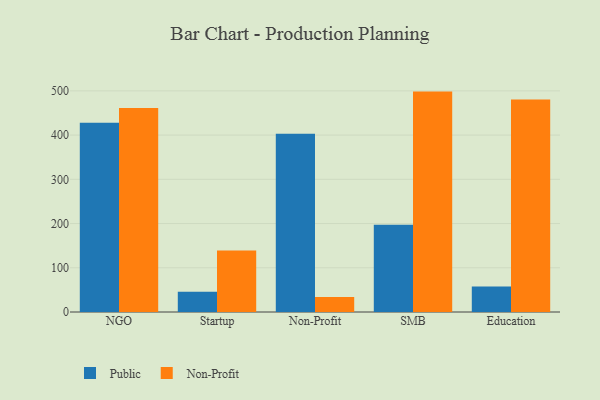
{"axis": {"x": "Segment", "y": "Backlog"}, "legend": ["Non-Profit", "Public"], "data": [{"x": "NGO", "y": 428.1, "type": "Public"}, {"x": "NGO", "y": 461.4, "type": "Non-Profit"}, {"x": "Startup", "y": 46.0, "type": "Public"}, {"x": "Startup", "y": 139.0, "type": "Non-Profit"}, {"x": "Non-Profit", "y": 402.9, "type": "Public"}, {"x": "Non-Profit", "y": 34.1, "type": "Non-Profit"}, {"x": "SMB", "y": 197.2, "type": "Public"}, {"x": "SMB", "y": 498.3, "type": "Non-Profit"}, {"x": "Education", "y": 57.8, "type": "Public"}, {"x": "Education", "y": 480.7, "type": "Non-Profit"}]}